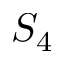
S _ { 4 }